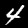
Label: 4